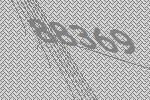
88369